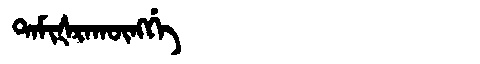
Manchu: ᡨᠠᠮᡳᡧᡵᠠᡴᡡᠩᡤᡝ
Romanization: TAMIŠRAKŪNGGE